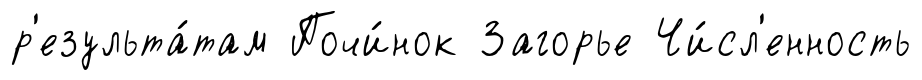
р'езульта́там Почи́нок Загорье Чи́сл'енность